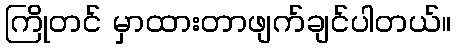
ကြိုတင် မှာထားတာဖျက်ချင်ပါတယ်။